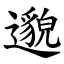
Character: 邈